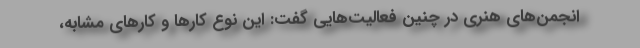
انجمن‌های هنری در چنین فعالیت‌هایی گفت: این نوع کارها و کارهای مشابه،